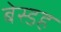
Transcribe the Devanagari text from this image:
बेस्डह